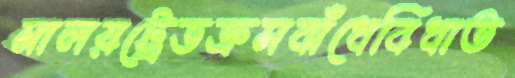
মালয়ট্রেডক্রসবাঁধেবিধাত